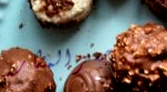
جسر المطار